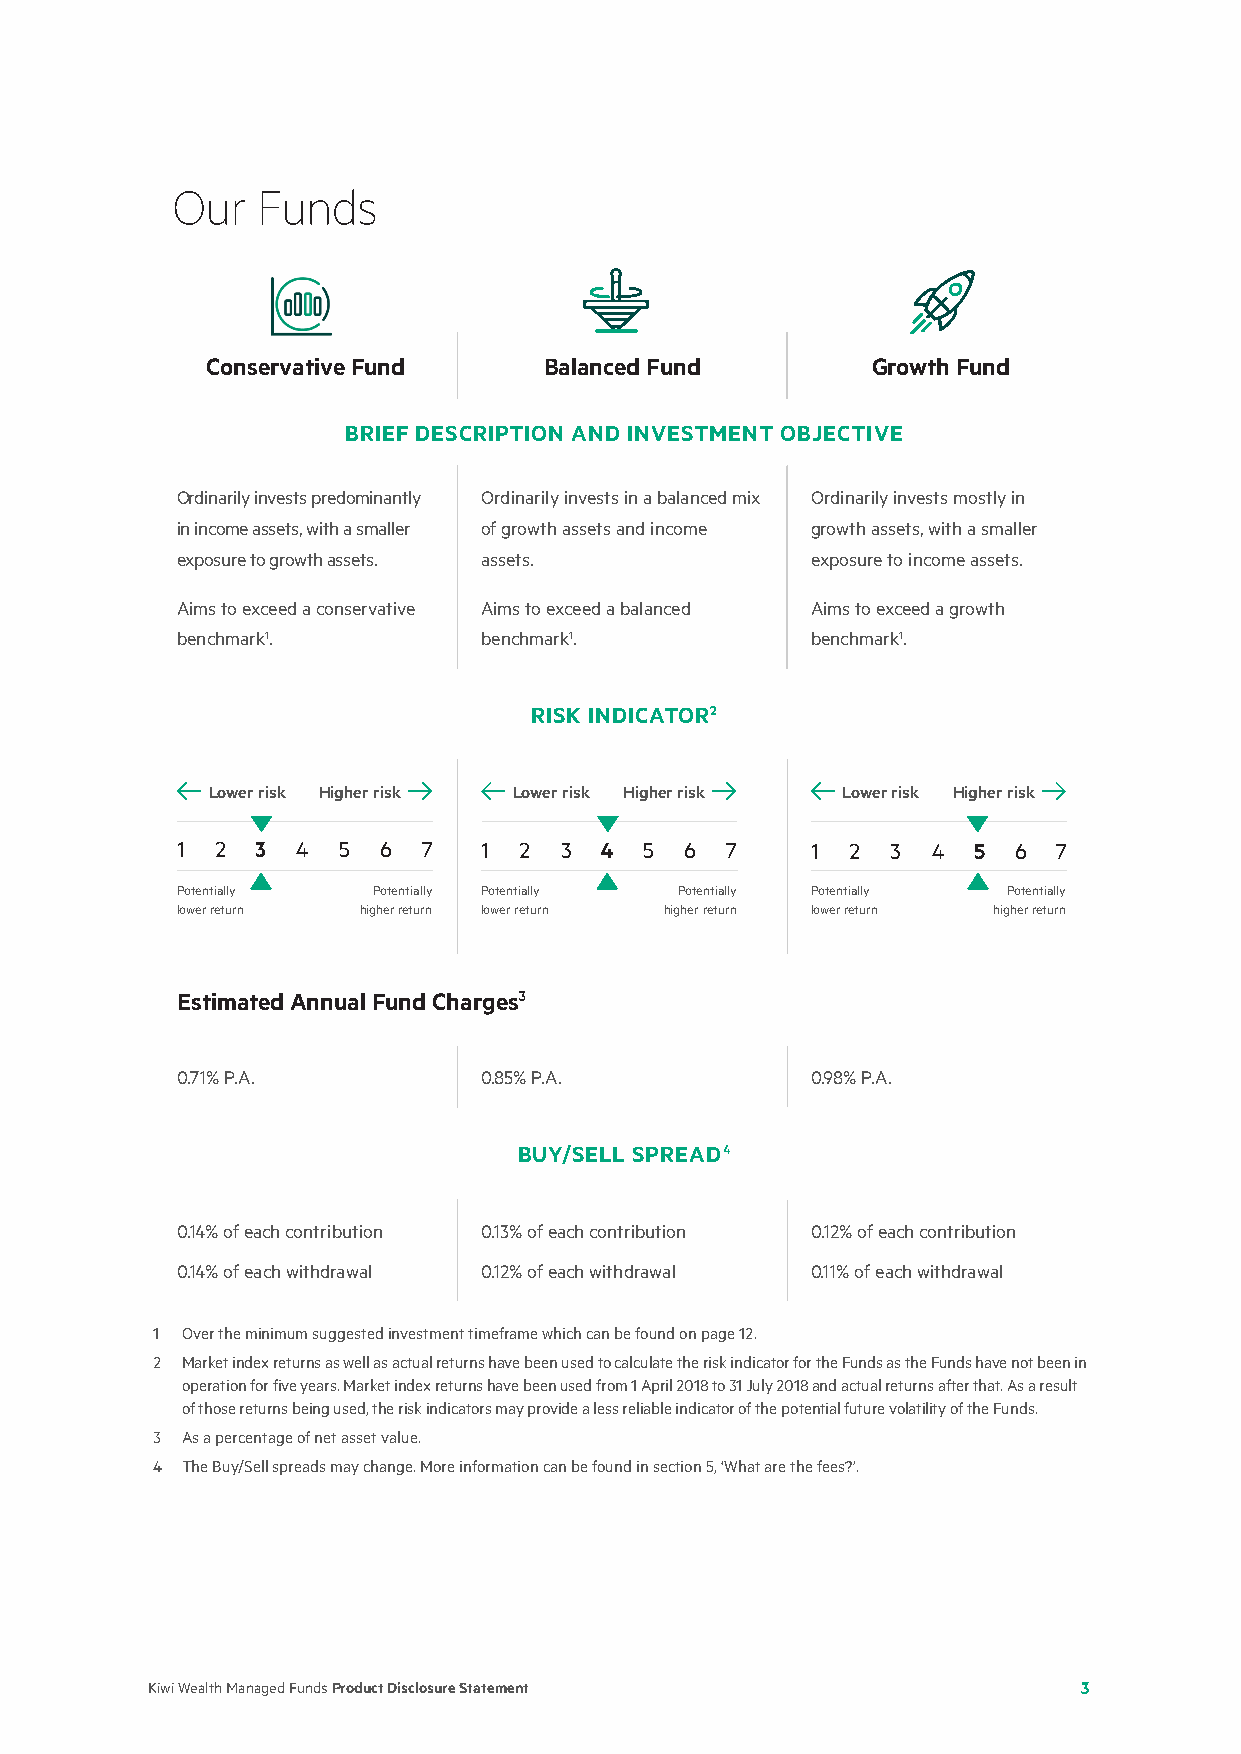
Our   Funds
 Conservative Fund     Balanced Fund         Growth Fund
 BRIEF DESCRIPTION AND INVESTMENT OBJECTIVE
 Ordinarily invests predominantly Ordinarily invests in a balanced mix Ordinarily invests mostly in
 in income assets, with a smaller of growth assets and income growth assets, with a smaller
 exposure to growth assets. assets.        exposure to income assets.
 Aims to exceed a conservative Aims to exceed a balanced Aims to exceed a growth
 benchmark1.         benchmark1.           benchmark1.
 RISK INDICATOR2
 Lower risk Higher risk Lower risk Higher risk Lower risk Higher risk
 1 2  3  4 5  6  7   1 2  3  4  5 6  7     1 2  3  4 5  6  7
 Potentially  Potentially Potentially Potentially Potentially Potentially
 lower return higher return lower return higher return lower return higher return
 Estimated Annual Fund Charges3
 0.71% P.A.          0.85% P.A.            0.98% P.A.
 BUY/SELL SPREAD4
 0.14% of each contribution 0.13% of each contribution 0.12% of each contribution
 0.14% of each withdrawal 0.12% of each withdrawal 0.11% of each withdrawal
 1 Over the minimum suggested investment timeframe which can be found on page 12.
 2 Market index returns as well as actual returns have been used to calculate the risk indicator for the Funds as the Funds have not been in
 operation for five years. Market index returns have been used from 1 April 2018 to 31 July 2018 and actual returns after that. As a result
 of those returns being used, the risk indicators may provide a less reliable indicator of the potential future volatility of the Funds.
 3 As a percentage of net asset value.
 4 The Buy/Sell spreads may change. More information can be found in section 5, ‘What are the fees?’.
 Kiwi Wealth Managed Funds Product Disclosure Statement        3